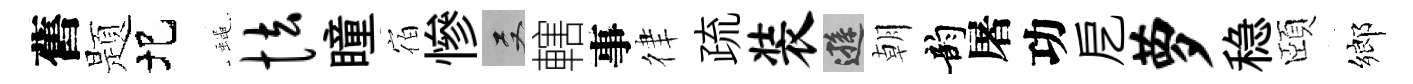
舊题圯蠅怯瞳宿慘双轄事律疏装遜朝韵屠功戹萝稳頤鄉